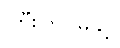
ကြီးကြပ်မှုနှင့်